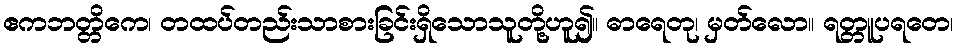
ဧကဘတ္တိကေ၊ တထပ်တည်းသာစားခြင်းရှိသောသူတို့ဟူ၍။ ဓာရေတု၊ မှတ်လော။ ရတ္တူပရတေ၊